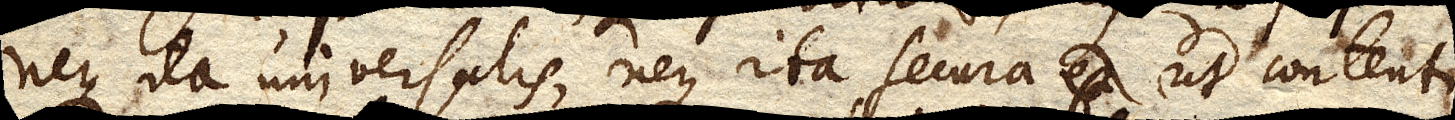
neque ita universalis, neque ita secura est ut contenti